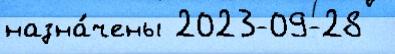
назна́чены 2023-09-28